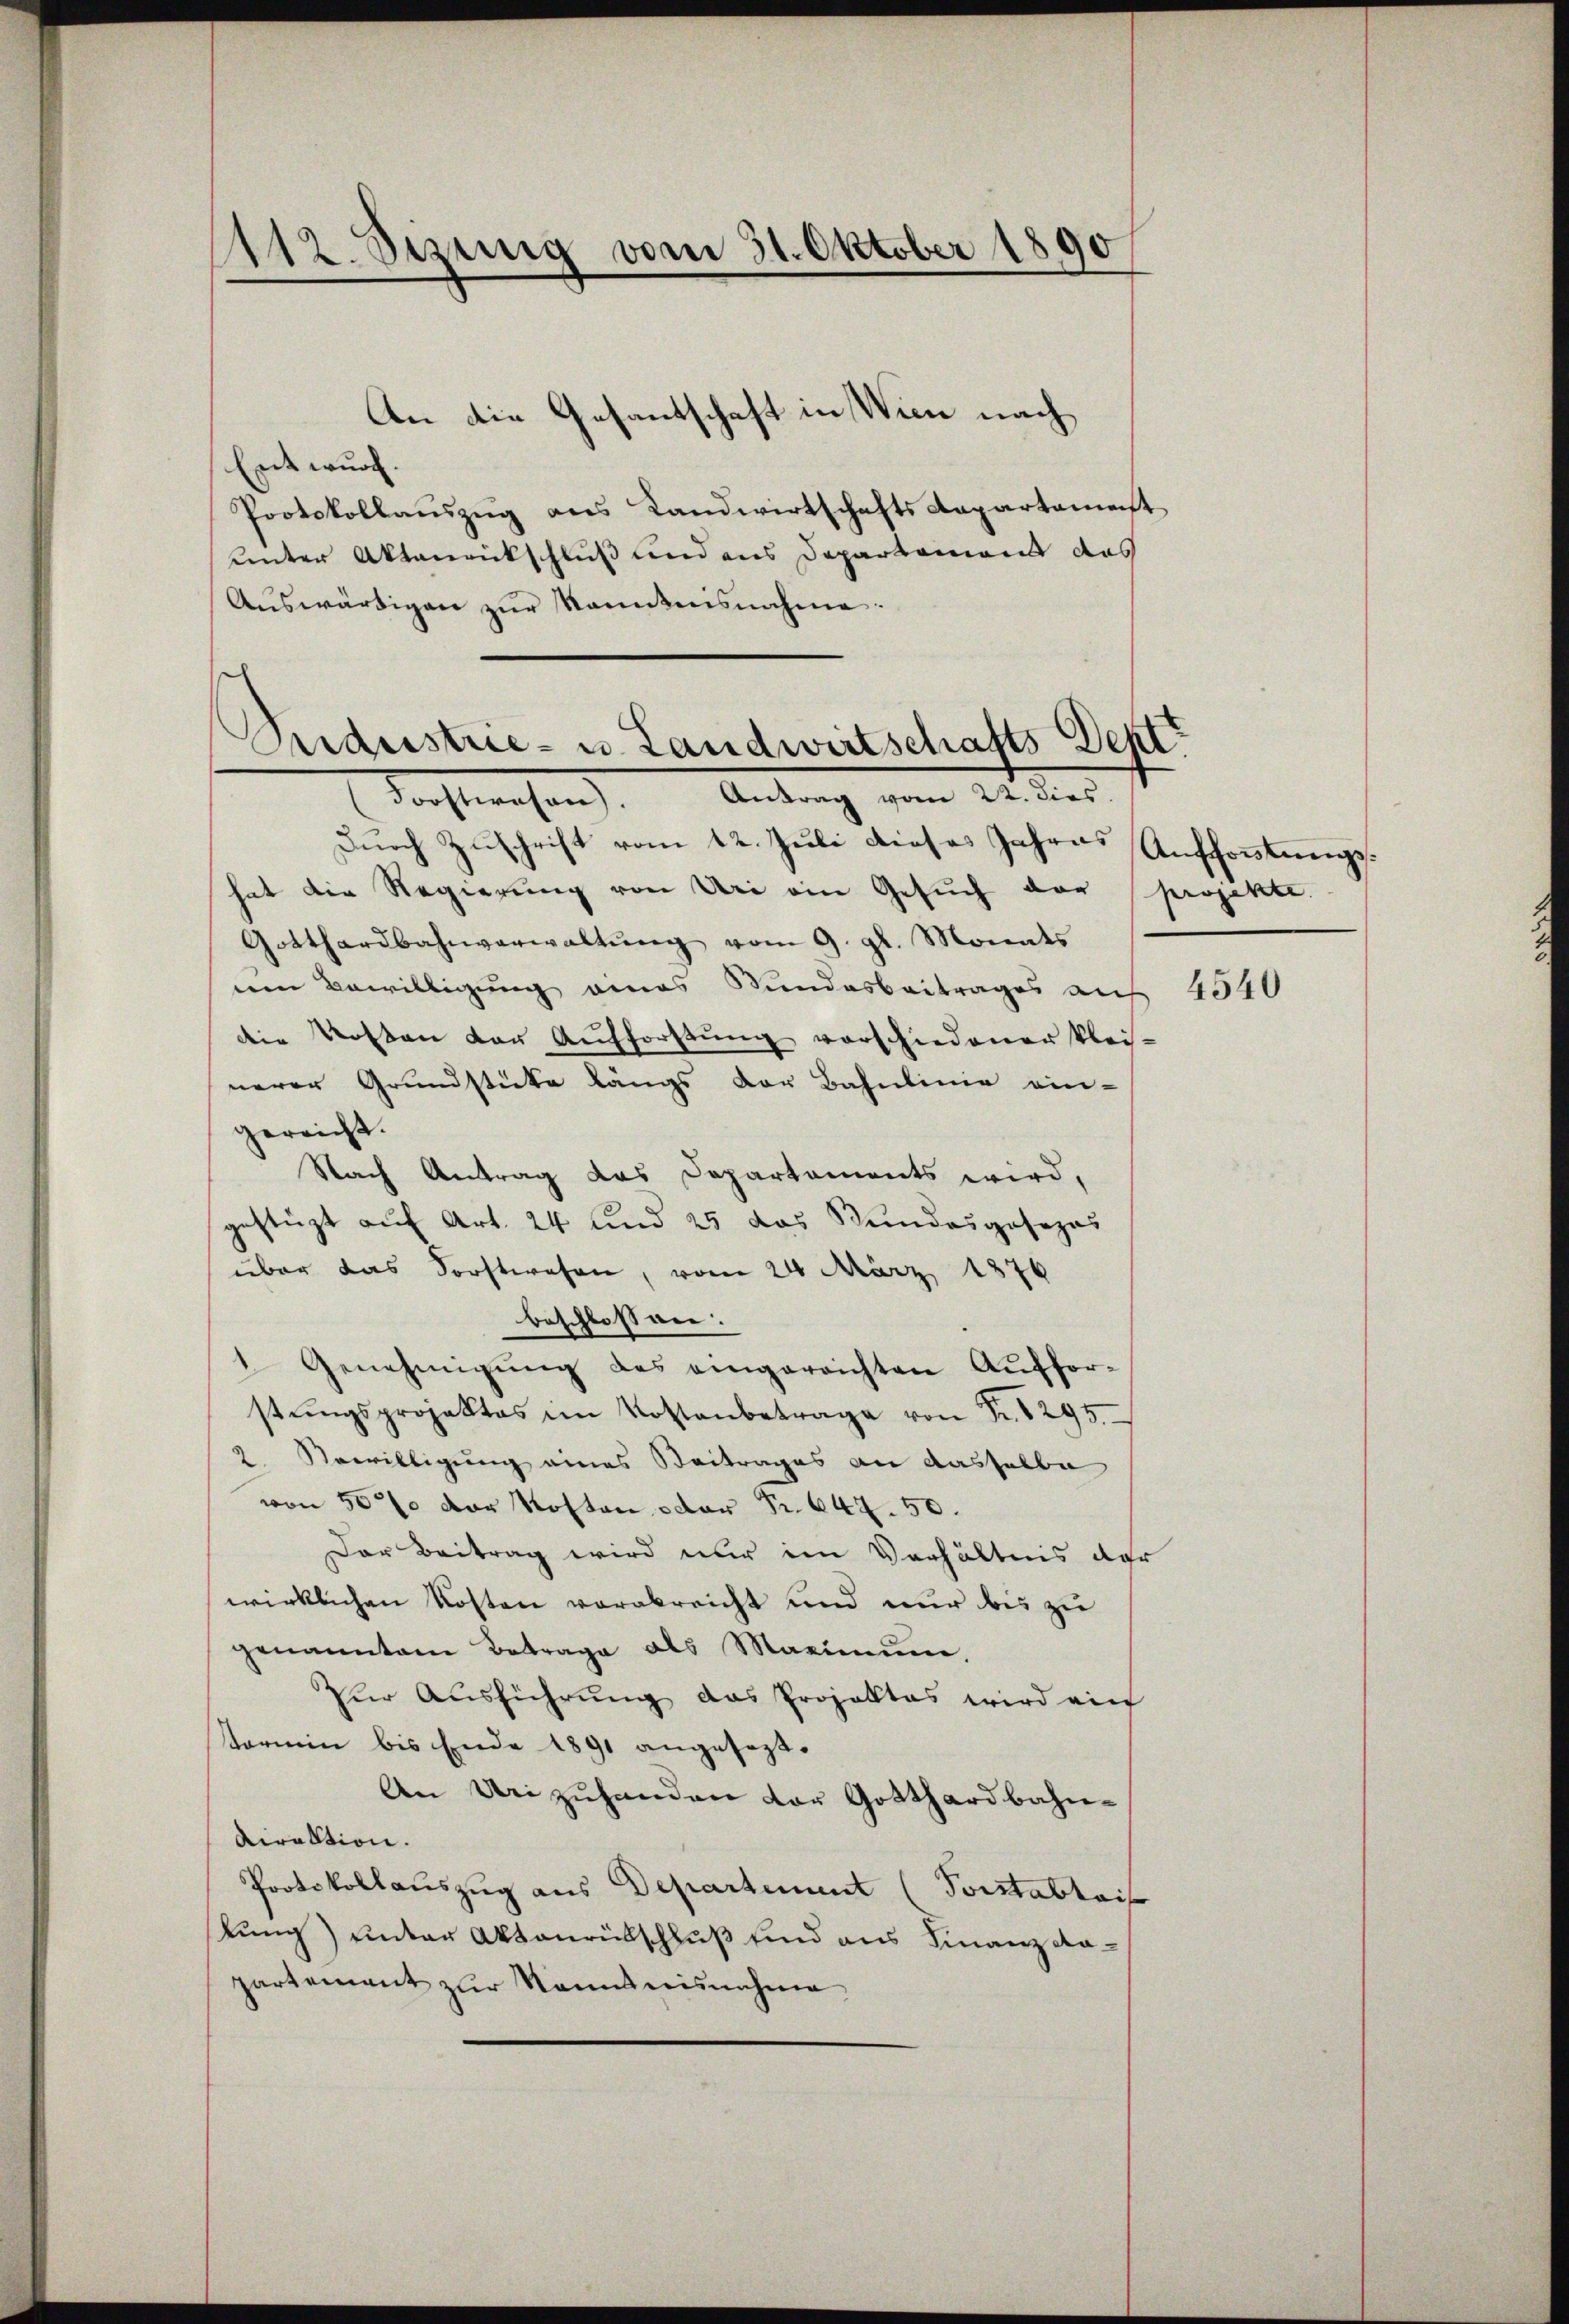
1112. Sezung vom 31. Oktober 1890

Entwurf.
Protokollauszug aus Landwirtschaftsdepartement
unter Aktenrickschluß und aus Departement das
Aŭswärtigen zŭr Komitnisnahme.

An die Gesantschaft in Wien nach

Eidestrie- u. Landwirtschafts Deptt
Forstwesen. Antrag vom 22. dies

Durch Zuschrift vom 12. Juli dieses Jahres
hat die Regierung von Uri ein Gesŭch der projekte.
Gotthardbahnverwaltŭng vom 9. gl. Monats
nen Bewilligung eines Bundesbeitrages auf 4540
die Kosten der Aufforstŭng verschiedener klei-
nerer Grundstücke längs der Bahnlinie ein-
gereicht.
Nach Antrag das Departements wird,
gestüzt auf Art. 24 und 25 das Bundesgosezes
über das Forstwesen, vom 24 März 1876
beschlossen:
1 Genehmigŭng des eingereichten Aufforstŭngsprojektes im Kostenbetrage von Fr. 1295.
2. Bewilligung eines Beitrages an dasselbe
von 50 der Kosten oder Fr. 647. 50.
Der Beitrag wird nur den Verhältnis der
wirklichen Kosten verabreicht und nur bis zu
genanntem Betrage als Maximŭm.
für Ausführung das Projektes wird ein
tarmin bis Ende 1891 angesezt.
An Uri zuhanden der Gotthardbahndirektion.
Protokollauszug aus Departement (Vorstabtais
lung) unter Aktenrütschluß und aus Finanz dapartement zur Kenntnisnahme

Aufforstungs¬